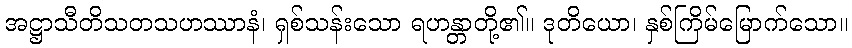
အဋ္ဌာသီတိသတသဟဿာနံ၊ ရှစ်သန်းသော ရဟန္တာတို့၏။ ဒုတိယော၊ နှစ်ကြိမ်မြောက်သော။